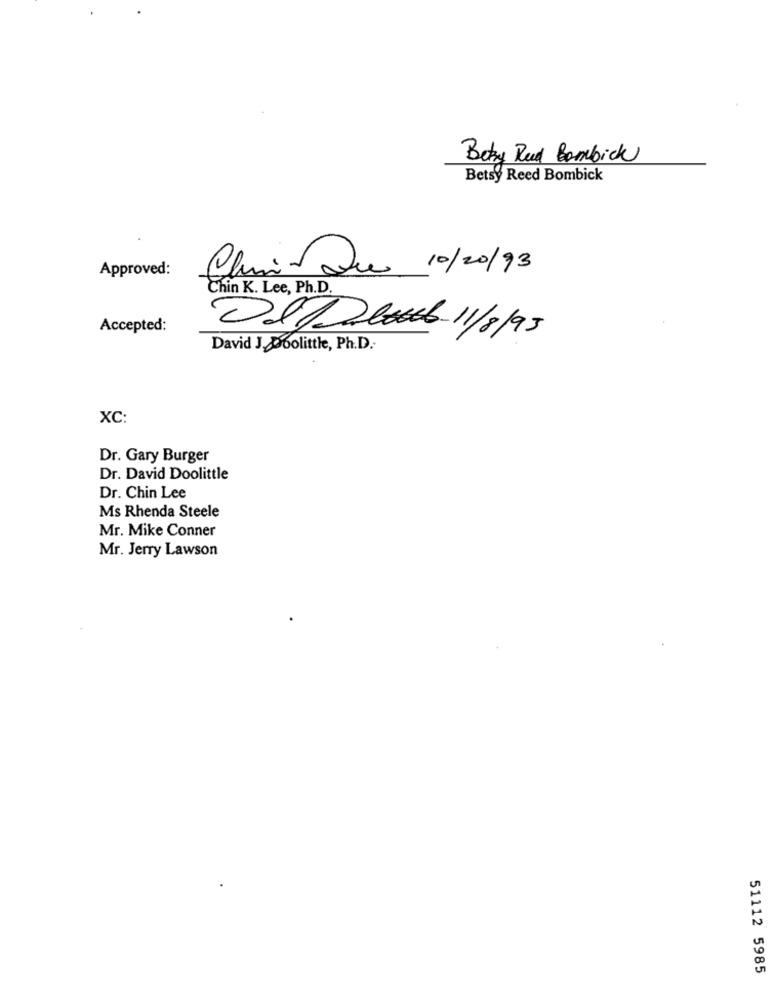
Boty Rud Bombick
Betsy Reed Bombick
Approved:
Clini Que 10/20/93
Chin K. Lee, Ph.D.
Accepted:
Ol/ bereb 11/8/95
David J Doolittle, Ph.D.
XC:
Dr. Gary Burger
Dr. David Doolittle
Dr. Chin Lee
Ms Rhenda Steele
Mr. Mike Conner
Mr. Jerry Lawson
51112 5985